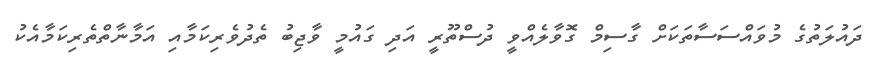
ދައުލަތުގެ މުވައްސަސާތަކަށް ގާސިމް ގޮވާލެއްވީ ދުސްތޫރީ އަދި ގައުމީ ވާޖިބު ތެދުވެރިކަމާއި އަމާނާތްތެރިކަމާއެކު